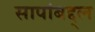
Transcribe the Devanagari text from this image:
सापांबद्द्ल